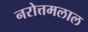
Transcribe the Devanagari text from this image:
नरोत्तमलाल